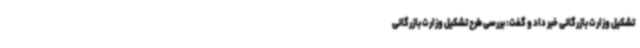
تشکیل وزارت بازرگانی خبر داد و گفت: بررسی طرح تشکیل وزارت بازرگانی